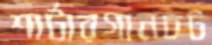
শার্টারগানচট